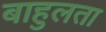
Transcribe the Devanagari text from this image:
बाहुलता